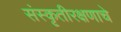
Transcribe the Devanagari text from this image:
संस्कृतीरक्षणाचे